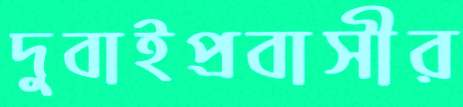
দুবাইপ্রবাসীর